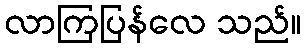
လာကြပြန်လေ သည်။